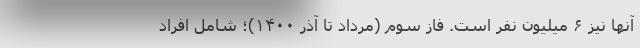
آنها نیز ۶ میلیون نفر است. فاز سوم (مرداد تا آذر ۱۴۰۰)؛ شامل افراد